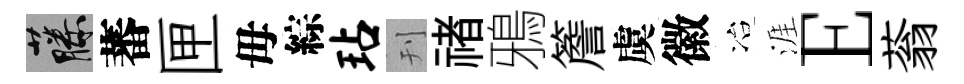
藤蕃匣毋綜玷刊禇鴉簷虞徽冶涯E蓊